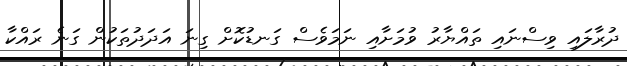
ދުރާލައި ވިސްނައި ތައްޔާރު ވުމަށާއި ނަމަވެސް ގަނޑުކޮށް ގިނަ އަދަދުތަކުން ގަނެ ރައްކާ